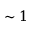
\sim 1